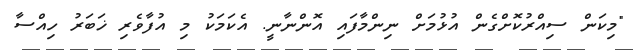
"މިކަން ސިއްރުކޮށްގެން އުޅުމަށް ނިންމާފައި އޮންނާނީ. އެކަމަކު މި އުފާވެރި ޚަބަރު ހިއްސާ